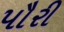
પૌરી